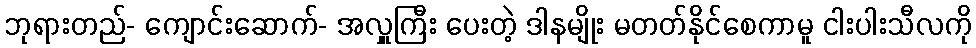
ဘုရားတည်- ကျောင်းဆောက်- အလှူကြီး ပေးတဲ့ ဒါနမျိုး မတတ်နိုင်စေကာမူ ငါးပါးသီလကို